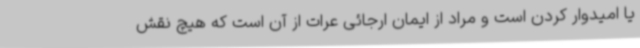
یا امیدوار کردن است و مراد از ایمان ارجائی عرات از آن است که هیچ نقش